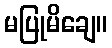
မပြုမိချေ။